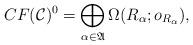
LaTeX: \begin{align*}CF(\mathcal C)^0 = \bigoplus_{\alpha \in \frak A}\Omega(R_{\alpha};o_{R_{\alpha}}),\end{align*}